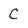
Character: C